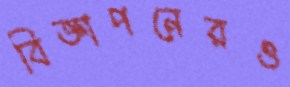
বিজ্ঞাপনেরও